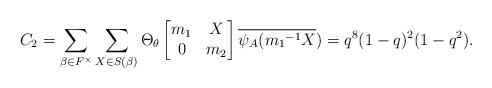
LaTeX: \begin{align*} C_2= \sum_{\beta \in F^{\times}}\sum_{X \in S(\beta)}\Theta_{\theta} \begin{bmatrix} m_1 & X\\ 0 & m_2\end{bmatrix}\overline{\psi_A({m_1}^{-1}X})=q^8(1-q)^2(1-q^2).\end{align*}